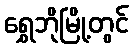
ရွှေဘိုမြို့တွင်